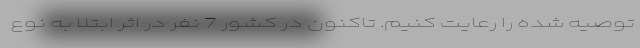
توصیه شده را رعایت کنیم. تاکنون در کشور 7 نفر در اثر ابتلا به نوع